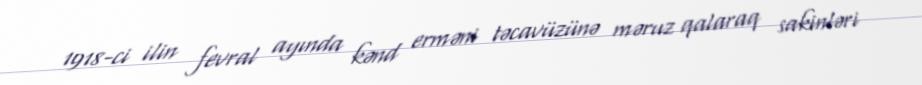
1918-ci ilin fevral ayında kənd erməni təcavüzünə məruz qalaraq sakinləri